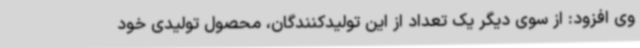
وی افزود: از سوی دیگر یک تعداد از این تولیدکنندگان، محصول تولیدی خود